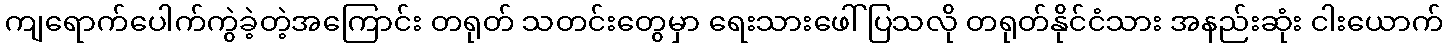
ကျရောက်ပေါက်ကွဲခဲ့တဲ့အကြောင်း တရုတ် သတင်းတွေမှာ ရေးသားဖေါ်ပြသလို တရုတ်နိုင်ငံသား အနည်းဆုံး ငါးယောက်